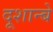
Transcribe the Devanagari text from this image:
दूशान्बे